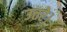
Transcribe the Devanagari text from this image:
उत्तरे।